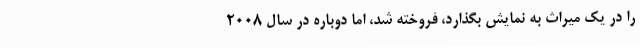
را در یک میراث به نمایش بگذارد، فروخته شد، اما دوباره در سال ۲۰۰۸